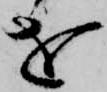
を